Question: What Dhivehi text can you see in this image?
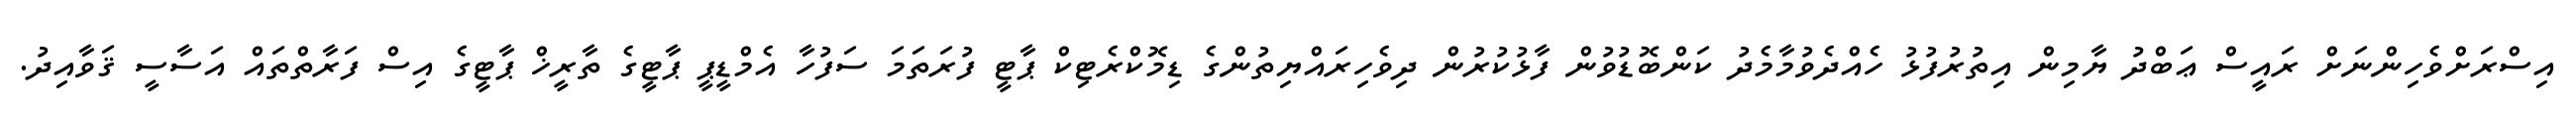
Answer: އިސްރަށްވެހިންނަށް ރައީސް ޢަބްދު ޔާމިން އިތުރުފުޅު ހެއްދެވުމާމެދު ކަންބޮޑުވުން ފާޅުކުރުން ދިވެހިރައްޔިތުންގެ ޑިމޮކްރެޓިކް ޕާޓީ ފުރަތަމަ ސަފުހާ އެމްޑީޕީ ޕާޓީގެ ތާރީޚް ޕާޓީގެ އިސް ފަރާތްތައް އަސާސީ ޤަވާއިދު.